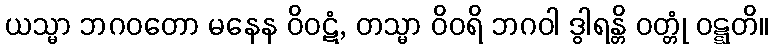
ယသ္မာ ဘဂဝတော မနေန ဝိဝဋံ, တသ္မာ ဝိဝရိ ဘဂဝါ ဒွါရန္တိ ဝတ္တုံ ဝဋ္ဋတိ။